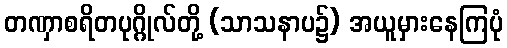
တဏှာစရိတပုဂ္ဂိုလ်တို့ (သာသနာပ၌) အယူမှားနေကြပုံ